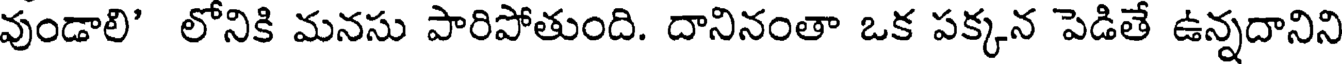
వుండాలి' లోనికి మనసు పారిపోతుంది. దానినంతా ఒక పక్కన పెడితే ఉన్నదానిని